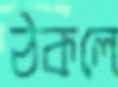
ঠকলে